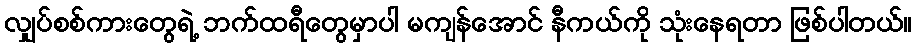
လျှပ်စစ်ကားတွေရဲ့ ဘက်ထရီတွေမှာပါ မကျန်အောင် နီကယ်ကို သုံးနေရတာ ဖြစ်ပါတယ်။